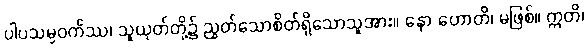
ပါပသမ္ပဝင်္ကဿ၊ သူယုတ်တို့၌ ညွတ်သောစိတ်ရှိသောသူအား။ နော ဟောတိ၊ မဖြစ်။ ဣတိ၊